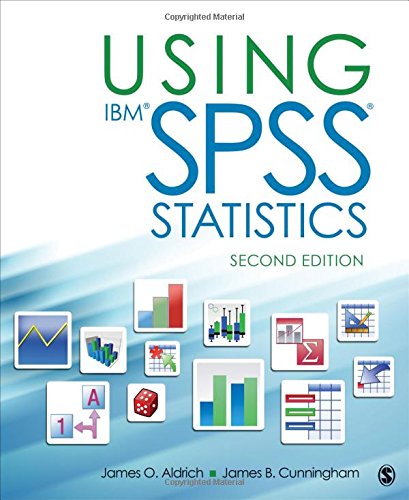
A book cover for Using IBMÂ® SPSSÂ® Statistics: An Interactive Hands-On Approach; James O. Aldrich; Computers & Technology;